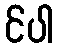
င်ပါ